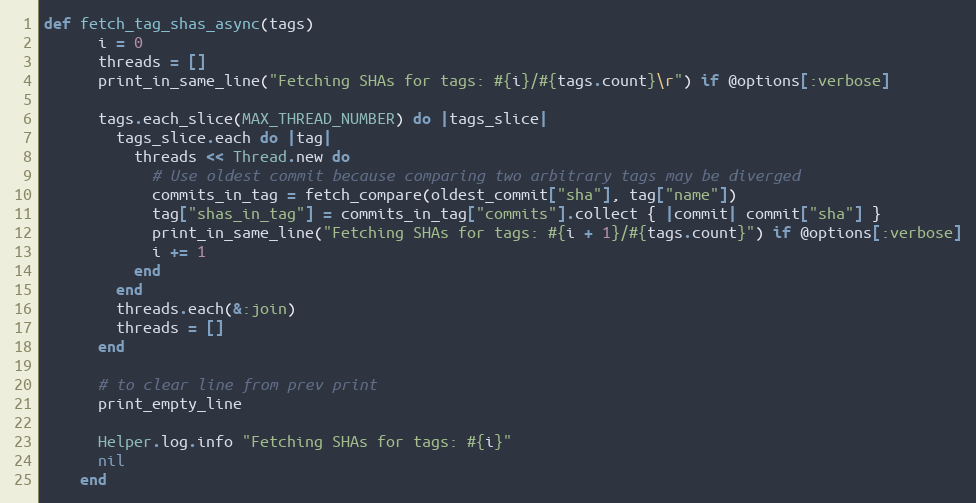
Language: Ruby
def fetch_tag_shas_async(tags)
      i = 0
      threads = []
      print_in_same_line("Fetching SHAs for tags: #{i}/#{tags.count}\r") if @options[:verbose]

      tags.each_slice(MAX_THREAD_NUMBER) do |tags_slice|
        tags_slice.each do |tag|
          threads << Thread.new do
            # Use oldest commit because comparing two arbitrary tags may be diverged
            commits_in_tag = fetch_compare(oldest_commit["sha"], tag["name"])
            tag["shas_in_tag"] = commits_in_tag["commits"].collect { |commit| commit["sha"] }
            print_in_same_line("Fetching SHAs for tags: #{i + 1}/#{tags.count}") if @options[:verbose]
            i += 1
          end
        end
        threads.each(&:join)
        threads = []
      end

      # to clear line from prev print
      print_empty_line

      Helper.log.info "Fetching SHAs for tags: #{i}"
      nil
    end